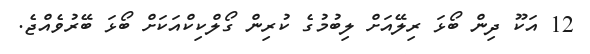
12 އަކޫ ދިން ބޯޅަ ރިލޭއަށް ލިބުމުގެ ކުރިން ގޯލްކިކްއަކަށް ބޯޅަ ބޭރުވެއްޖެ.